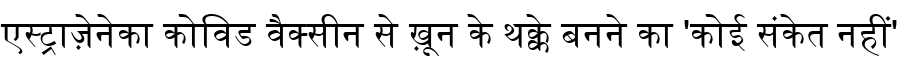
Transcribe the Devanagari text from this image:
एस्ट्राज़ेनेका कोविड वैक्सीन से ख़ून के थक्के बनने का 'कोई संकेत नहीं'